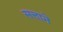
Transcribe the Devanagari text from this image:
सत्ताने